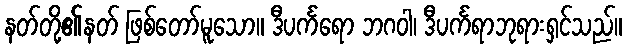
နတ်တို့၏နတ် ဖြစ်တော်မူသော။ ဒီပင်္ကရော ဘဂဝါ၊ ဒီပင်္ကရာဘုရားရှင်သည်။